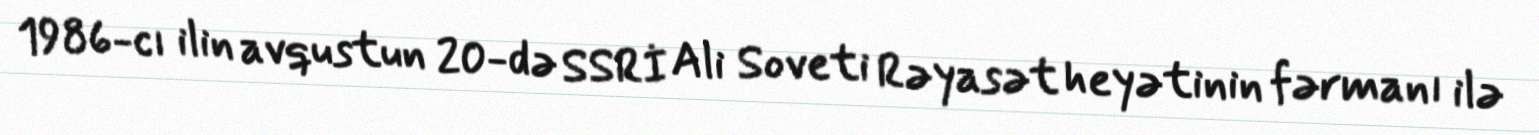
1986-cı ilin avqustun 20-də SSRİ Ali Soveti Rəyasət heyətinin fərmanı ilə